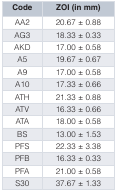
<table><thead><tr><td><b>Code</b></td><td><b>ZOI (in mm)</b></td></tr></thead><tbody><tr><td>AA2</td><td>20.67 ± 0.88</td></tr><tr><td>AG3</td><td>18.33 ± 0.33</td></tr><tr><td>AKD</td><td>17.00 ± 0.58</td></tr><tr><td>A5</td><td>19.67 ± 0.67</td></tr><tr><td>A9</td><td>17.00 ± 0.58 </td></tr><tr><td>A10</td><td>17.33 ± 0.66</td></tr><tr><td>ATH</td><td>21.33 ± 0.88</td></tr><tr><td>ATV</td><td>16.33 ± 0.66 </td></tr><tr><td>ATA</td><td>18.00 ± 0.58</td></tr><tr><td>BS</td><td>13.00 ± 1.53</td></tr><tr><td>PFS</td><td>22.33 ± 3.38</td></tr><tr><td>PFB</td><td>16.33 ± 0.33 </td></tr><tr><td>PFA</td><td>21.00 ± 0.58 </td></tr><tr><td>S30</td><td>37.67 ± 1.33</td></tr></tbody></table>